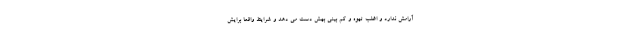
آرامش ندارد و اغلب تهوه و کم بینی بهش دست می دهد و شرایط واقعا برایش